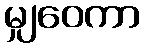
မျှဝေကာ